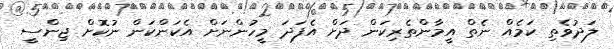
ލަދުވެތި ކަމެއް ނެތް އީމާންތެރިކަން ދަށް އެފަދަ މީހުންނަށް އެކަންކަން ނުކޮށް ޖިންސީ